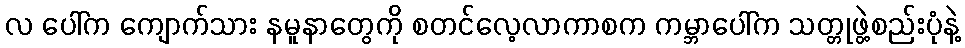
လ ပေါ်က ကျောက်သား နမူနာတွေကို စတင်လေ့လာကာစက ကမ္ဘာပေါ်က သတ္တုဖွဲ့စည်းပုံနဲ့